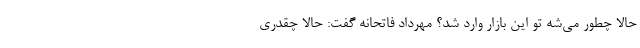
حالا چطور می­شه تو این بازار وارد شد؟ مهرداد فاتحانه گفت: حالا چقدری